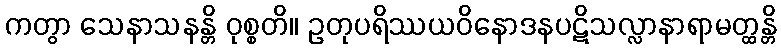
ကတွာ သေနာသနန္တိ ဝုစ္စတိ။ ဥတုပရိဿယဝိနောဒနပဋိသလ္လာနာရာမတ္ထန္တိ